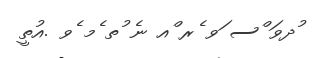
ުދވަ ްސ ަވ ެރ ްއ ނެ ުތ ެމ ެވ .އުތީ